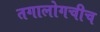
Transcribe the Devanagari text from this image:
तगालोगचीच